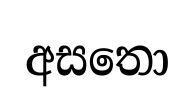
අසතො